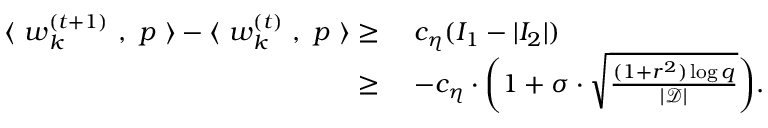
\begin{array} { r l } { \langle ~ { \boldsymbol w } _ { k } ^ { ( t + 1 ) } ~ , ~ { \boldsymbol p } ~ \rangle - \langle ~ { \boldsymbol w } _ { k } ^ { ( t ) } ~ , ~ { \boldsymbol p } ~ \rangle \ge } & { ~ c _ { \eta } ( I _ { 1 } - | I _ { 2 } | ) } \\ { \ge } & { ~ - c _ { \eta } \cdot \bigg ( 1 + \sigma \cdot \sqrt { \frac { ( 1 + r ^ { 2 } ) \log q } { | \mathcal { D } | } } \bigg ) . } \end{array}